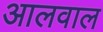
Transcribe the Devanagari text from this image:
आलवाल